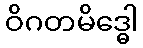
ဝိဂတမိဒ္ဓေါ